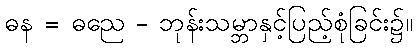
ဓန = ဓညေ - ဘုန်းသမ္ဘာနှင့်ပြည့်စုံခြင်း၌။